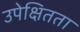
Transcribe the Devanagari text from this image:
उपेक्षितता